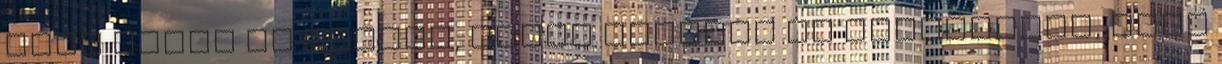
érzi magát ma reggel, ahogy kisétál az otthonából, majd